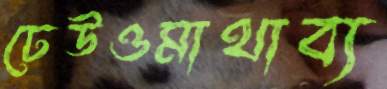
ঢেউওমাথাব্য